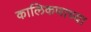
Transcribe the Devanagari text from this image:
कालिकणाच्या